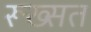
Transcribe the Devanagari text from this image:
रूख्सत